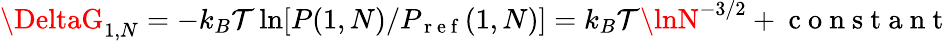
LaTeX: \DeltaG_{1,N}=-k_{B}\mathcal{T}\ln[P(1,N)/P_{\mathrm{{~r~e~f~}}}(1,N)]=k_{B}\mathcal{T}\lnN^{-3/2}+\mathrm{{~c~o~n~s~t~a~n~t~}}